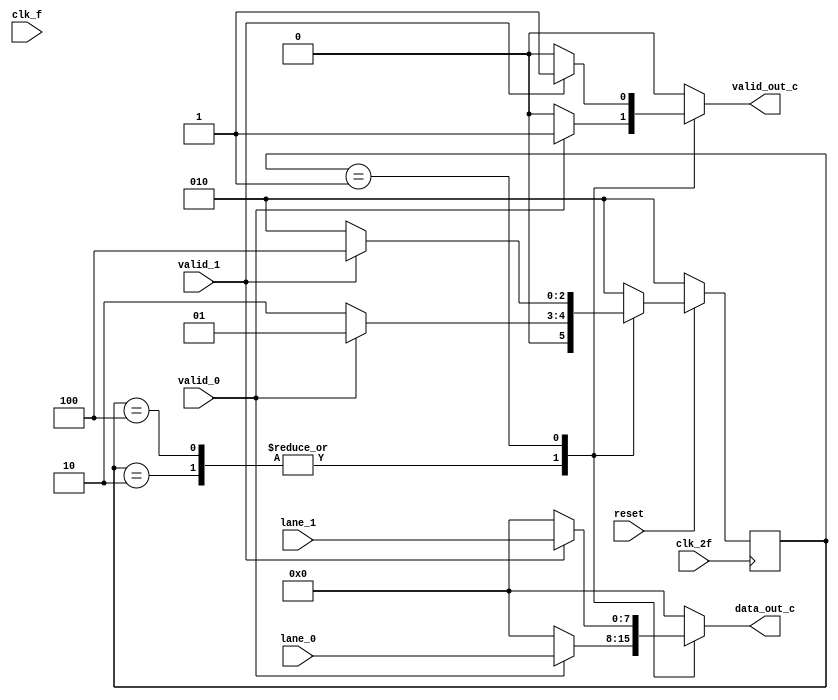
module Byte_un_striping_cond(
    input clk_f,
    input clk_2f,
    input [7:0] lane_0,
    input [7:0] lane_1,
    input valid_0,
    input valid_1,
    input reset,
    output reg [7:0] data_out_c,
    output reg valid_out_c
);
//reg reset_mid, reset2;
reg [2:0] estado, prox_estado;    
parameter TRANSMITIENDO_DATOS_LANE_1 = 1;
parameter ESPERANDO_ENTRADA = 2;
parameter TRANSMITIENDO_DATOS_LANE_0 = 4;

// Maquina de estados
always @(posedge clk_2f) begin
    if (reset == 0) begin
        estado <= ESPERANDO_ENTRADA;
    end
    if (reset == 1) begin
        estado <= prox_estado;           
    end
end

always @(*) begin
    prox_estado = estado;
    data_out_c = 0;
    valid_out_c = 0;
    case (estado)
        ESPERANDO_ENTRADA: begin
            prox_estado = ESPERANDO_ENTRADA;
            if (valid_0 == 1) begin
                prox_estado = TRANSMITIENDO_DATOS_LANE_1;
                data_out_c = lane_0;
                valid_out_c = 1;
            end
            if (reset == 0) begin
                prox_estado = ESPERANDO_ENTRADA;
            end
        end

        TRANSMITIENDO_DATOS_LANE_0: begin
            prox_estado = TRANSMITIENDO_DATOS_LANE_1;
            data_out_c = lane_0;
            valid_out_c = 1;
            if ((!valid_0))   begin
                prox_estado = ESPERANDO_ENTRADA;
                data_out_c = 0;
                valid_out_c = 0;
            end
            if (reset == 0) begin
                prox_estado = ESPERANDO_ENTRADA;
            end            
        end

        TRANSMITIENDO_DATOS_LANE_1: begin
            prox_estado = TRANSMITIENDO_DATOS_LANE_0;
            data_out_c = lane_1;
            valid_out_c = 1;
            if ((!valid_1))   begin
                prox_estado = ESPERANDO_ENTRADA;
                data_out_c = 0;
                valid_out_c = 0;
            end
            if (reset == 0) begin
                prox_estado = ESPERANDO_ENTRADA;
            end                
        end
        default: prox_estado = ESPERANDO_ENTRADA;
    endcase
end

endmodule